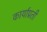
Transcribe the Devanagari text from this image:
कार्याप्रती